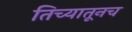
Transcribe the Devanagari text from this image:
तिच्यातूनच